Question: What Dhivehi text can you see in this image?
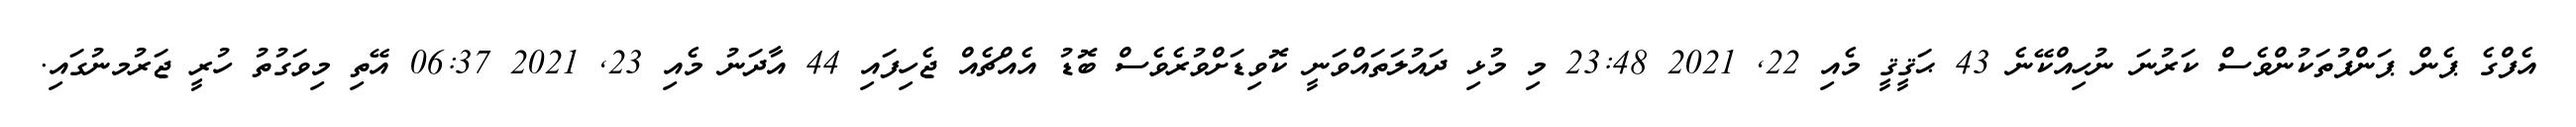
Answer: އެފްގެ ޕެން ޕަންޕުތަކުންވެސް ކަރުނަ ނުހިއްކޭނެ 43 ޙަޤީޤީ މެއި 22, 2021 23:48 މި މުޅި ދައުލަތައްވަނީ ކޮވިޑަށްވުރެވެސް ބޮޑު އެއްޗެއް ޖެހިފައި 44 އާދަނު މެއި 23, 2021 06:37 އޭތި މިވަގުތު ހުރީ ޖަރުމނުގައި.